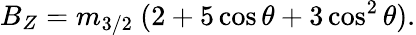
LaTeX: B_{Z}=m_{3/2}\ (2+5\cos\theta+3\cos^{2}\theta).